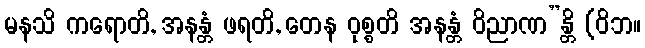
မနသိ ကရောတိ, အနန္တံ ဖရတိ, တေန ဝုစ္စတိ အနန္တံ ဝိညာဏ”န္တိ (ဝိဘ။